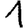
Digit: 1